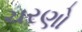
ચરણો